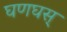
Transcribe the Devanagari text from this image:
घणघस्